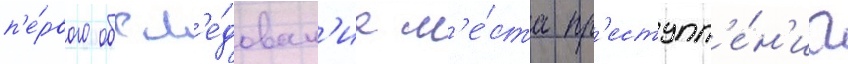
п'е́рвого обсл'е́дован'иа м'е́ста пр'еступл'е́н'иа